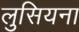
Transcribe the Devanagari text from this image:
लुसियना